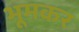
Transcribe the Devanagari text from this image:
भूमकर